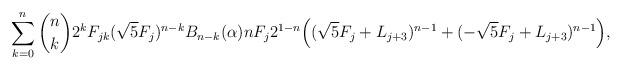
LaTeX: \begin{align*}\sum_{k=0}^n {n\choose k} 2^k F_{jk} (\sqrt{5}F_j)^{n-k} B_{n-k}(\alpha) n F_j 2^{1-n} \Big ( (\sqrt{5} F_j + L_{j+3} )^{n-1} + (-\sqrt{5}F_j + L_{j+3} )^{n-1}\Big ),\end{align*}